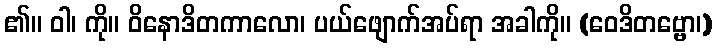
၏။ ဝါ၊ ကို။ ဝိနောဒိတကာလော၊ ပယ်ဖျောက်အပ်ရာ အခါကို။ (ဝေဒိတဗ္ဗော၊)